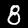
Digit: 8